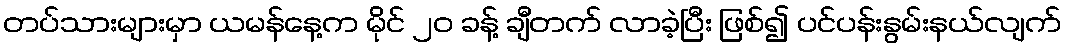
တပ်သားများမှာ ယမန်နေ့က မိုင် ၂၀ ခန့် ချီတက် လာခဲ့ပြီး ဖြစ်၍ ပင်ပန်းနွမ်းနယ်လျက်